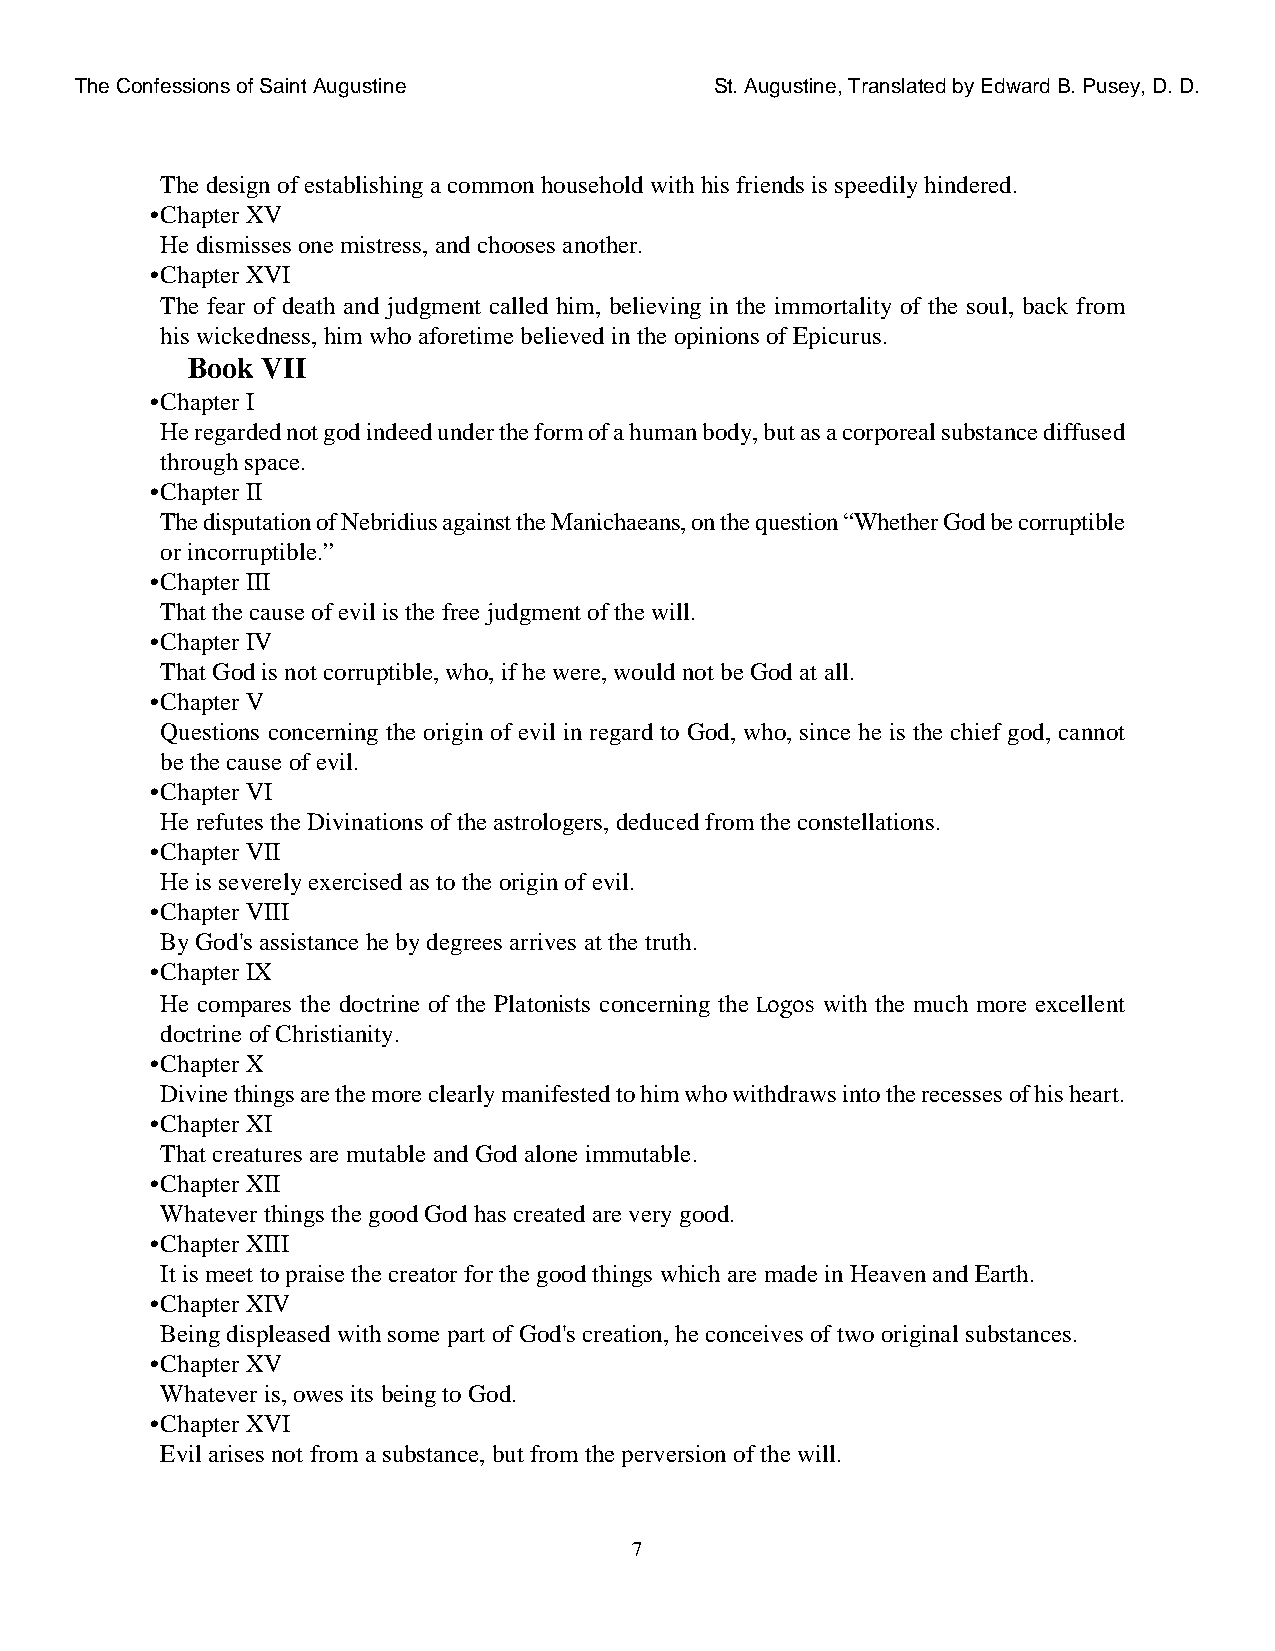
The Confessions of Saint Augustine        St. Augustine, Translated by Edward B. Pusey, D. D.
 The design of establishing a common household with his friends is speedily hindered.
 •Chapter XV
 He dismisses one mistress, and chooses another.
 •Chapter XVI
 The fear of death and judgment called him, believing in the immortality of the soul, back from
 his wickedness, him who aforetime believed in the opinions of Epicurus.
 Book VII
 •Chapter I
 He regarded not god indeed under the form of a human body, but as a corporeal substance diffused
 through space.
 •Chapter II
 The disputation of Nebridius against the Manichaeans, on the question “Whether God be corruptible
 or incorruptible.”
 •Chapter III
 That the cause of evil is the free judgment of the will.
 •Chapter IV
 That God is not corruptible, who, if he were, would not be God at all.
 •Chapter V
 Questions concerning the origin of evil in regard to God, who, since he is the chief god, cannot
 be the cause of evil.
 •Chapter VI
 He refutes the Divinations of the astrologers, deduced from the constellations.
 •Chapter VII
 He is severely exercised as to the origin of evil.
 •Chapter VIII
 By God's assistance he by degrees arrives at the truth.
 •Chapter IX
 He compares the doctrine of the Platonists concerning the Logos with the much more excellent
 doctrine of Christianity.
 •Chapter X
 Divine things are the more clearly manifested to him who withdraws into the recesses of his heart.
 •Chapter XI
 That creatures are mutable and God alone immutable.
 •Chapter XII
 Whatever things the good God has created are very good.
 •Chapter XIII
 It is meet to praise the creator for the good things which are made in Heaven and Earth.
 •Chapter XIV
 Being displeased with some part of God's creation, he conceives of two original substances.
 •Chapter XV
 Whatever is, owes its being to God.
 •Chapter XVI
 Evil arises not from a substance, but from the perversion of the will.
 7